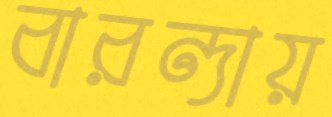
বারন্দায়